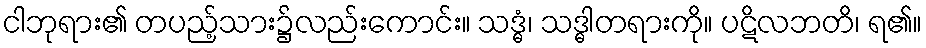
ငါဘုရား၏ တပည့်သား၌လည်းကောင်း။ သဒ္ဓံ၊ သဒ္ဓါတရားကို။ ပဋိလဘတိ၊ ရ၏။